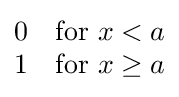
{\begin{matrix}0&{\mbox{for }}x<a\\1&{\mbox{for }}x\geq a\end{matrix}}